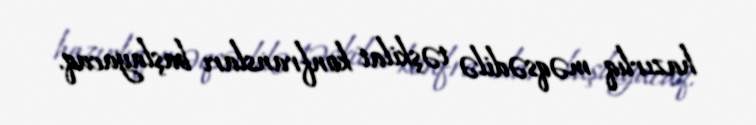
hazırlıq məqsədilə təşkilat konfransları başlayacaq.